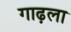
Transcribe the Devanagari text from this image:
गाढ़ला